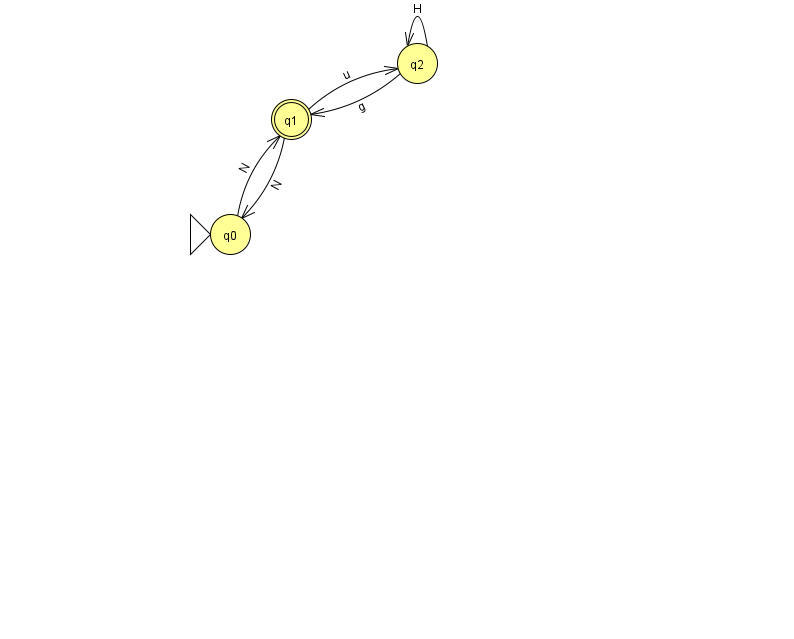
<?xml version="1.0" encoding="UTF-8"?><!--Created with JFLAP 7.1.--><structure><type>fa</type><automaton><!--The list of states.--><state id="0" name="q0"><x>230.0</x><y>221.0</y><initial/></state><state id="1" name="q1"><x>291.0</x><y>106.0</y><final/></state><state id="2" name="q2"><x>417.0</x><y>50.0</y></state><!--The list of transitions.--><transition><from>0</from><to>1</to><read>N</read></transition><transition><from>1</from><to>0</to><read>N</read></transition><transition><from>2</from><to>2</to><read>H</read></transition><transition><from>2</from><to>1</to><read>g</read></transition><transition><from>1</from><to>2</to><read>u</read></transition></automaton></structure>